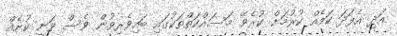
އަދި އެފަދަ ކަމެއް ކުރުމަށް ކުރެވޭ މަސައްކަތްތަކުގައި ބައިވެރިވުން ވެސް ވަނީ ކުށެއް